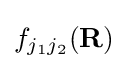
f_{j_{1}j_{2}}(\mathbf {R} )